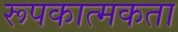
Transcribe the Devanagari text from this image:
रूपकात्मकता